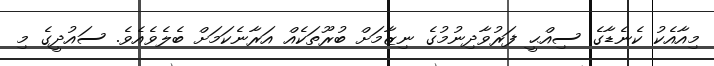
މިއާއެކު ކެނެޑާގެ ސިއްޙީ ފަރުވާދިނުމުގެ ނިޒާމަށް ބުރޫތަކެއް އަރާނެކަމަށް ބެލެވެއެވެ. ސައުދީގެ މި